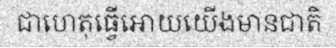
ជាហេតុធ្វើអោយយើងមានជាតិ